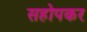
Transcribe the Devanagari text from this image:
सहोपकर